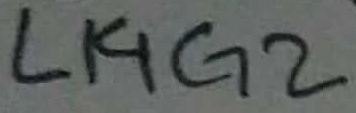
Text: LI4G2